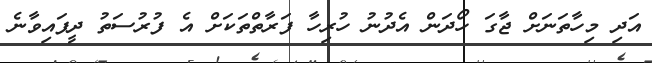
އަދި މިހާތަނަށް ޖާގަ ހޯދަން އެދުނު ހުރިހާ ފަރާތްތަކަށް އެ ފުރުސަތު ދީފައިވާނެ